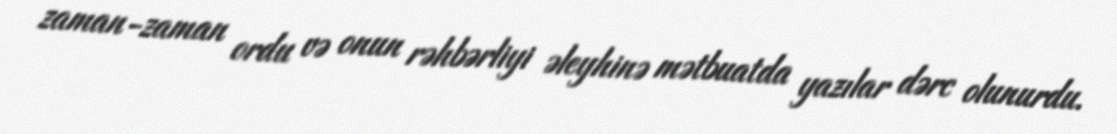
zaman-zaman ordu və onun rəhbərliyi əleyhinə mətbuatda yazılar dərc olunurdu.